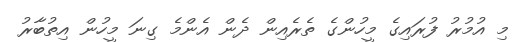
މި އުމުރު ފުރައިގެ މީހުންގެ ތެރެއިން ދެން އެންމެ ގިނަ މީހުން އިތުބާރު